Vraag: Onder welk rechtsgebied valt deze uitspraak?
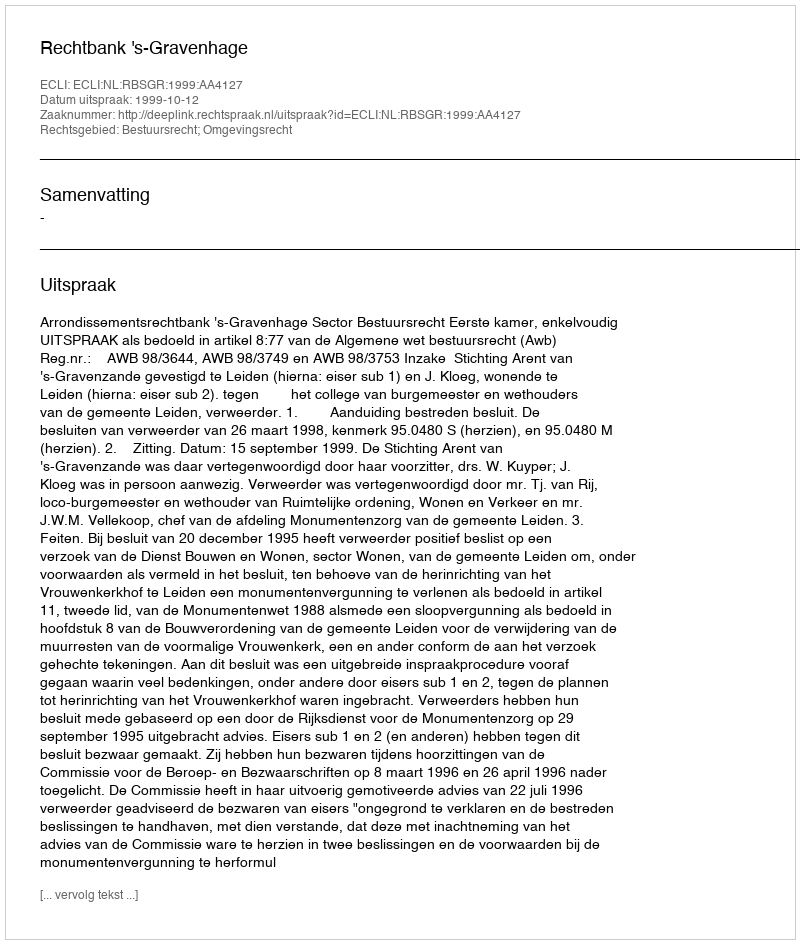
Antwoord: Bestuursrecht; Omgevingsrecht